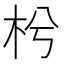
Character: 枍